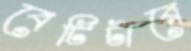
বেটিটারে